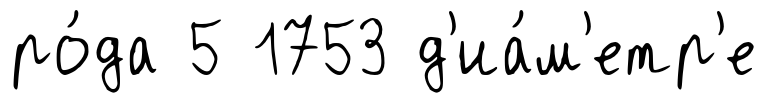
ро́да 5 1753 д'иа́м'етр'е